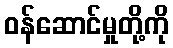
ဝန်ဆောင်မှုတို့ကို